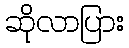
ဆိုလာပြား